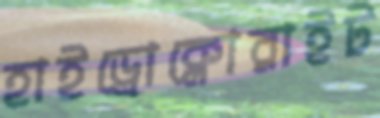
হাইড্রোক্লোরাইট